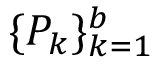
\{ P _ { k } \} _ { k = 1 } ^ { b }